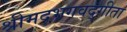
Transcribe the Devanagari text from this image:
श्रीमदभगवद्गीता